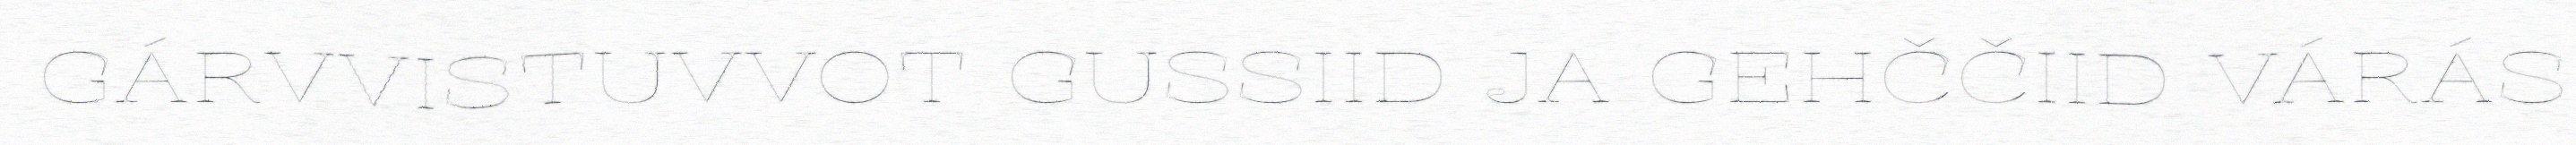
GÁRVVISTUVVOT GUSSIID JA GEHČČIID VÁRÁS